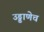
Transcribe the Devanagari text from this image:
उड्डाणेच